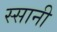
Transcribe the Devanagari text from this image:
स्सानी